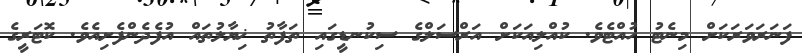
ފަނަރަވަރަކަށް މިނެޓު ހުއްޓެވެ. ކުއްލިއަކަށް އަރްސަލްގެ ސިކުނޑީގައި ތަފާތު ޚިޔާލުތައް އުފެދެންފެށިއެވެ. ކޮޓަރީގެ